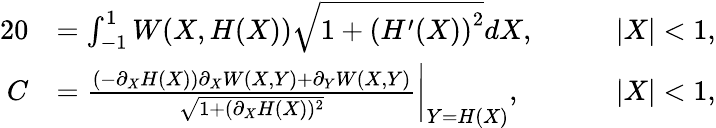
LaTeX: \begin{array}{rlrl}{{2}0}&{=\int_{-1}^{1}W(X,H(X))\sqrt{1+\left(H^{\prime}(X)\right)^{2}}dX,}&&{\quad|X|<1,}\\ {C}&{=\frac{(-\partial_{X}H(X))\partial_{X}W(X,Y)+\partial_{Y}W(X,Y)}{\sqrt{1+(\partial_{X}H(X))^{2}}}\bigg|_{Y=H(X)},}&&{\quad|X|<1,}\end{array}